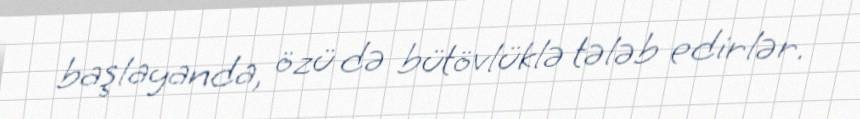
başlayanda, özü də bütövlüklə tələb edirlər.